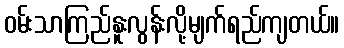
ဝမ်းသာကြည်နူးလွန်းလို့မျက်ရည်ကျတယ်။